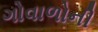
ગોવાળોની